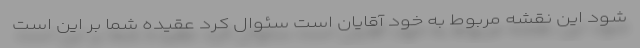
شود این نقشه مربوط به خود آقایان است سئوال کرد عقیده شما بر این است